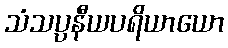
သံသပ္ပနီယပရိယာယော